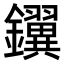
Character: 𫓢